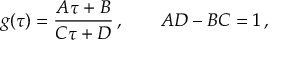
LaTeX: g ( \tau ) = \frac { A \tau + B } { C \tau + D } \, , \qquad A D - B C = 1 \, ,